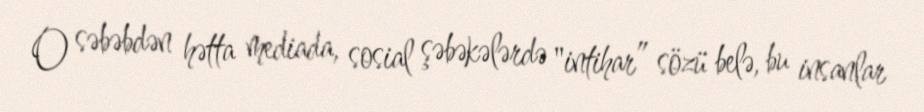
O səbəbdən hətta mediada, sosial şəbəkələrdə "intihar” sözü belə, bu insanlar